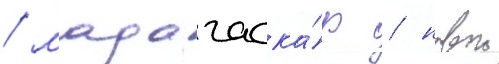
/ мадагаска́р / новои